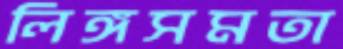
লিঙ্গসমতা